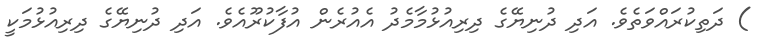
) ދަތިކުރައްވަތެވެ. އަދި ދުނިޔޭގެ ދިރިއުޅުމާމެދު އެއުރެން އުފާކުރޫއެވެ. އަދި ދުނިޔޭގެ ދިރިއުޅުމަކީ